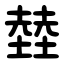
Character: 龳